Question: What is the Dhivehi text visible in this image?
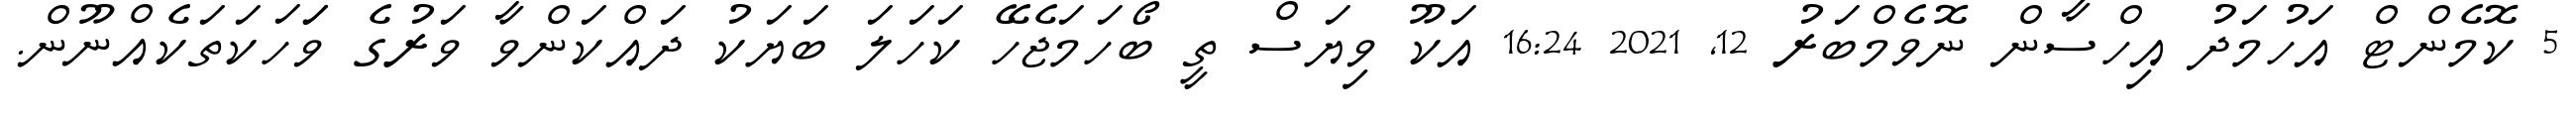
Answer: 5 ކޮމެންޓް އަހުމަދު އިހްސާން ނޮވެމްބަރު 12, 2021 16:24 އަކޫ ވިޔަސް ތީ ބޯހަމަޖެހޭ ކަހަލަ ބަޔަކު ދައްކަންވާ ވަރުގެ ވަަހަކަތަކެއްނޫން.